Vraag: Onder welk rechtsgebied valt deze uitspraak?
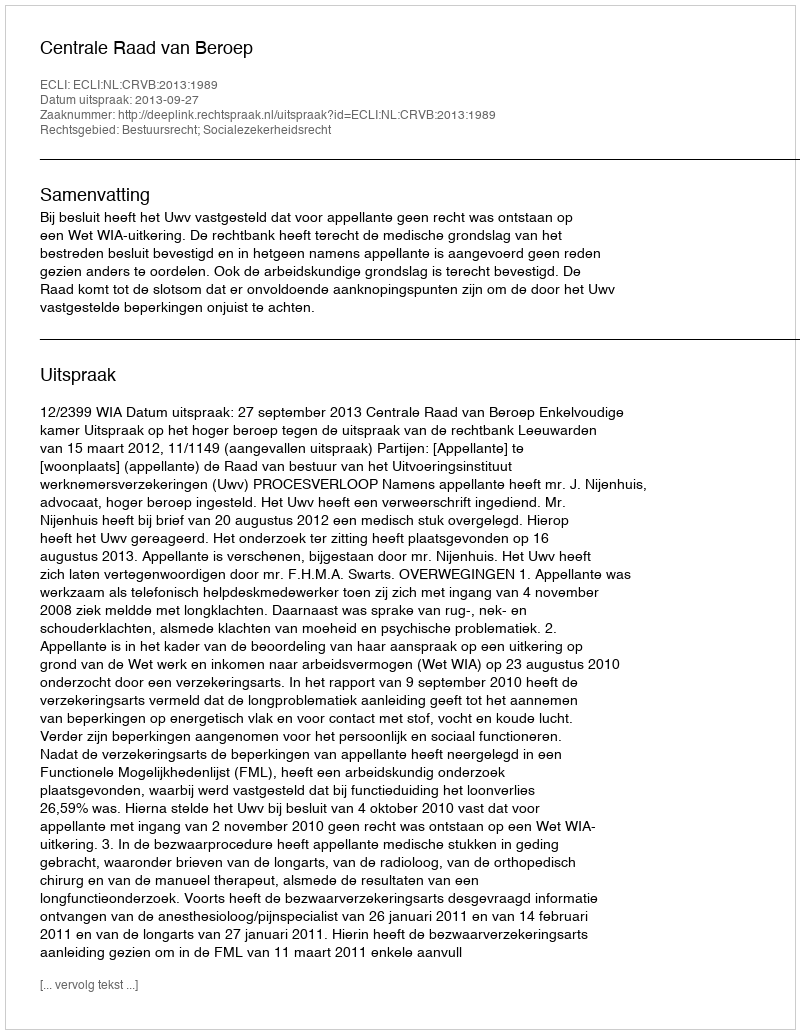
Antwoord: Bestuursrecht; Socialezekerheidsrecht